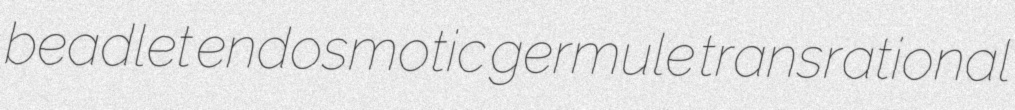
beadlet endosmotic germule transrational